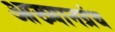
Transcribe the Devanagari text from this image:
आख्यानग्रंथ